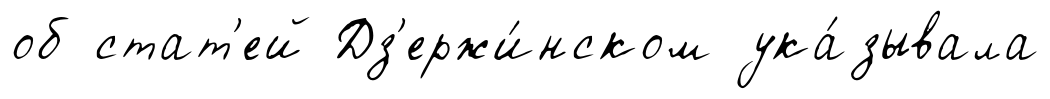
об стат'ей Дз'ержи́нском ука́зывала